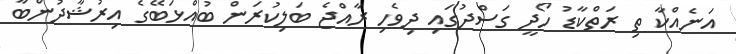
އަނެއްކާ ތި ރަތްކާޑު ހޯދީ ގަސްދުގައި ދިވެހި ރާއްޖެ ބަލިކުރަން ބުއްޅަބޭގެ އިރުޝާދުންބާ